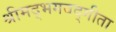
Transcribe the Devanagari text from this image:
श्रीमद्‌भगवद्गीता